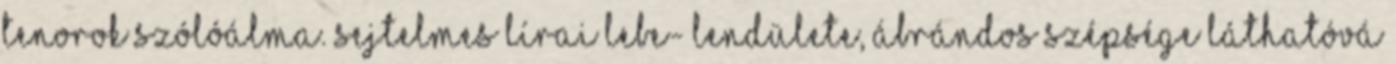
tenorok szólóálma. Sejtelmes lírai lebe- lendülete, ábrándos szépsége láthatóvá